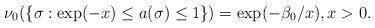
LaTeX: \begin{gather*}\nu_0(\{\sigma:\exp(-x)\le a(\sigma)\le1\})= \exp(-\beta_0/x),x>0.\end{gather*}